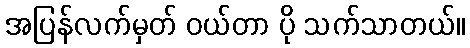
အပြန်လက်မှတ် ဝယ်တာ ပို သက်သာတယ်။